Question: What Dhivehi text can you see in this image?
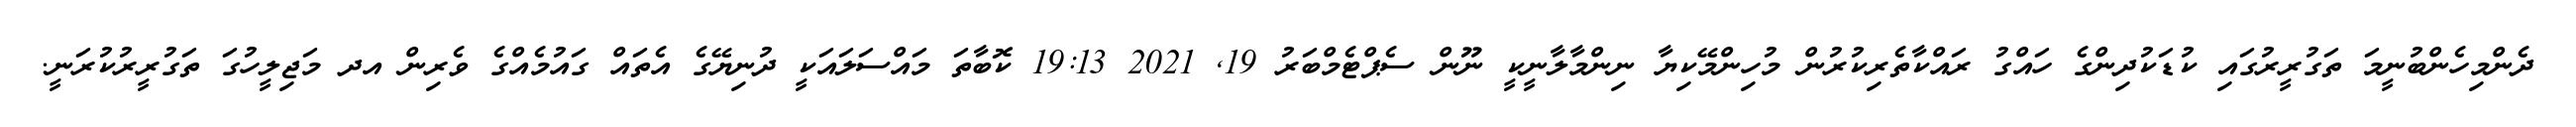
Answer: ދެންމިހެންބުނީމަ ތަގުރީރުގައި ކުޑަކުދިންގެ ހައްގު ރައްކާތެރިކުރުން މުހިންމޭކިޔާ ނިންމާލާނީކީ ނޫން ސެޕްޓެމްބަރު 19, 2021 19:13 ކޮބާތަ މައްސަލައަކީ ދުނިޔޭގެ އެތައް ގައުމެއްގެ ވެރިން އދ މަޖިލީހުގަ ތަގުރީރުކުރަނީ.